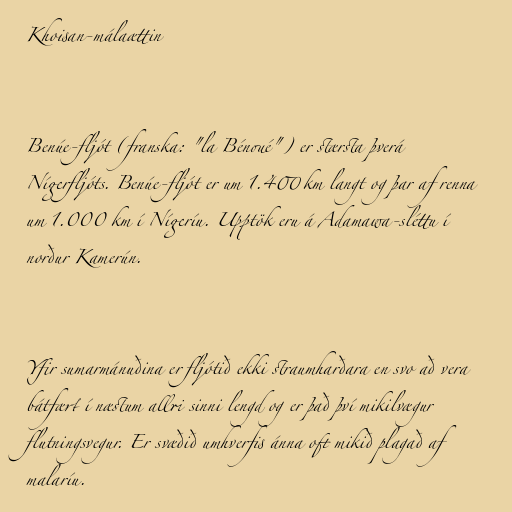
Khoisan-málaættin

Benúe-fljót (franska: "la Bénoué") er stærsta þverá
Nígerfljóts. Benúe-fljót er um 1.400 km langt og þar af renna
um 1.000 km í Nígeríu. Upptök eru á Adamawa-sléttu í
norður Kamerún.

Yfir sumarmánuðina er fljótið ekki straumharðara en svo að vera
bátfært í næstum allri sinni lengd og er það því mikilvægur
flutningsvegur. Er svæðið umhverfis ánna oft mikið plagað af
malaríu.